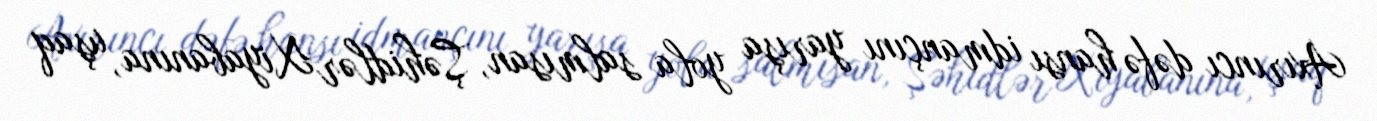
Axırıncı dəfə hansı idmançını yarışa yola salmısan, Şəhidlər Xiyabanına, uşaq